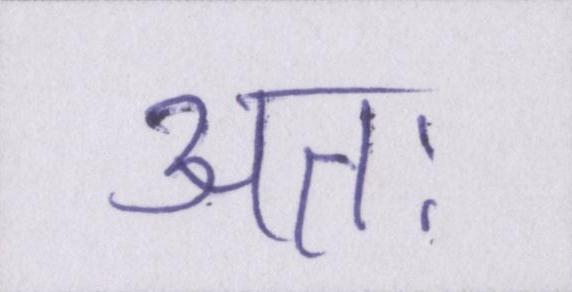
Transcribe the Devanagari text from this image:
अतः